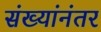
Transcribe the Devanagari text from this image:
संख्यांनंतर